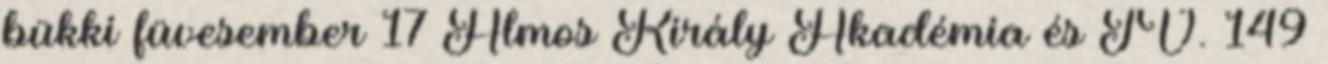
bükki füvesember 17 Álmos Király Akadémia és TV. 149